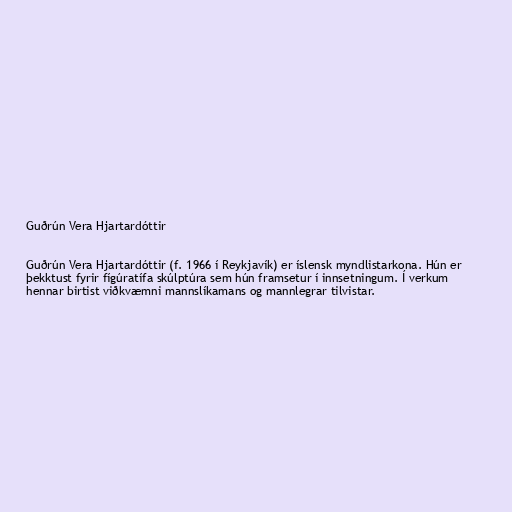
Guðrún Vera Hjartardóttir

Guðrún Vera Hjartardóttir (f. 1966 í Reykjavík) er íslensk myndlistarkona. Hún er
þekktust fyrir fígúratífa skúlptúra sem hún framsetur í innsetningum. Í verkum
hennar birtist viðkvæmni mannslíkamans og mannlegrar tilvistar.